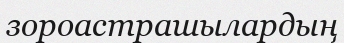
зороастрашылардың